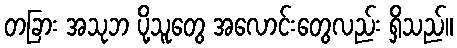
တခြား အသုဘ ပို့သူတွေ အလောင်းတွေလည်း ရှိသည်။